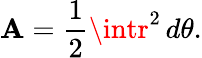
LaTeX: \mathbf{A}={\frac{{1}}{{2}}}\intr^{2}\, d\theta.